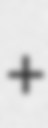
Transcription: +